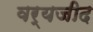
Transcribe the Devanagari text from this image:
वर्यजीद